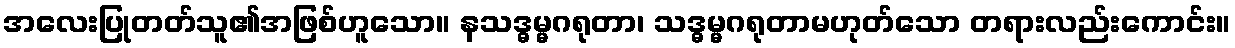
အလေးပြုတတ်သူ၏အဖြစ်ဟူသော။ နသဒ္ဓမ္မဂရုတာ၊ သဒ္ဓမ္မဂရုတာမဟုတ်သော တရားလည်းကောင်း။